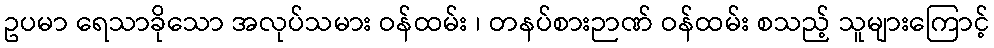
ဥပမာ ရေသာခိုသော အလုပ်သမား ဝန်ထမ်း ၊ တနပ်စားဉာဏ် ဝန်ထမ်း စသည့် သူများကြောင့်